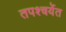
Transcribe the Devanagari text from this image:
तपश्चर्येत